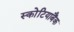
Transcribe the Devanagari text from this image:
स्कोटियाबैंक